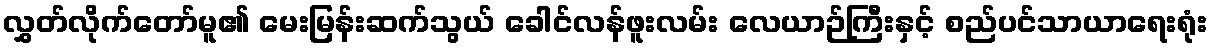
လွှတ်လိုက်တော်မူ၏ မေးမြန်းဆက်သွယ် ခေါင်လန်ဖူးလမ်း လေယာဉ်ကြီးနှင့် စည်ပင်သာယာရေးရုံး